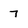
Character: 7